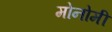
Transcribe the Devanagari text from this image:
मोनोमी